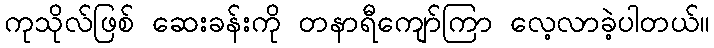
ကုသိုလ်ဖြစ် ဆေးခန်းကို တနာရီကျော်ကြာ လေ့လာခဲ့ပါတယ်။